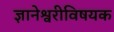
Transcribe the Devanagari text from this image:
ज्ञानेश्वरीविषयक